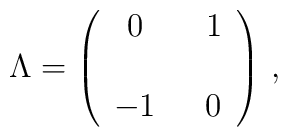
\Lambda =\left(  \begin{array}{cc}0 & \,\,\,\,1\\& \\-1 & \,\,\,\,0\\  \end{array}\right)\, ,